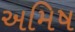
અમિષ